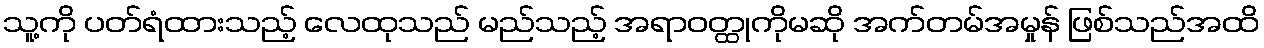
သူ့ကို ပတ်ရံထားသည့် လေထုသည် မည်သည့် အရာဝတ္ထုကိုမဆို အက်တမ်အမှုန် ဖြစ်သည်အထိ